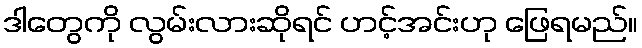
ဒါတွေကို လွမ်းလားဆိုရင် ဟင့်အင်းဟု ဖြေရမည်။